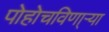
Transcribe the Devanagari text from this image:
पोहोचविणा्र्‍या